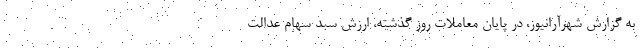
به گزارش شهرآرانیوز، در پایان معاملات روز گذشته، ارزش سبد سهام عدالت